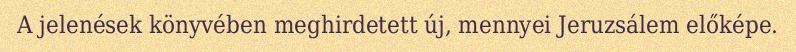
A jelenések könyvében meghirdetett új, mennyei Jeruzsálem előképe.